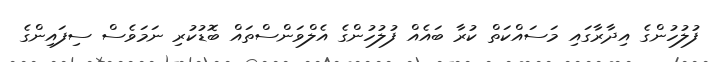
ފުލުހުންގެ އިދާރާގައި މަސައްކަތް ކުރާ ބައެއް ފުލުހުންގެ އެލްވަންސްތައް ބޮޑުކުރި ނަމަވެސް ސިފައިންގެ